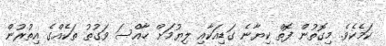
ކަމެކެވެ. މިގޮތުން ފޮތް ކިޔާނެ ގަޑިއަކާއި ލިޔުމަށް ޚާއްސަ ވަގުތު ތަކެއްގެ އިތުރުން